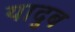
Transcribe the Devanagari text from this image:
यादुब